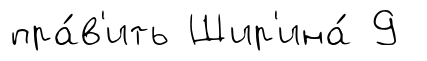
пра́в'ить Шир'ина́ 9